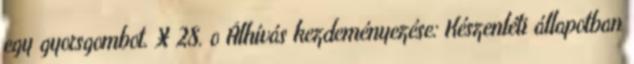
egy gyorsgombot. X 28. o Álhívás kezdeményezése: Készenléti állapotban